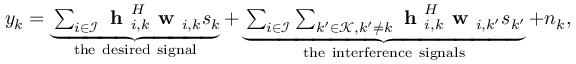
\begin{array} { r } { y _ { k } = \underbrace { \sum _ { i \in \mathcal { I } } { \textbf { h } } _ { i , k } ^ { H } \textbf { w } _ { i , k } { s } _ { k } } _ { \mathrm { t h e ~ d e s i r e d ~ s i g n a l } } + \underbrace { \sum _ { i \in \mathcal { I } } \sum _ { k ^ { \prime } \in \mathcal { K } , k ^ { \prime } \ne k } { \textbf { h } } _ { i , k } ^ { H } \textbf { w } _ { i , k ^ { \prime } } { s } _ { k ^ { \prime } } } _ { \mathrm { t h e ~ i n t e r f e r e n c e ~ s i g n a l s } } + n _ { k } , } \end{array}